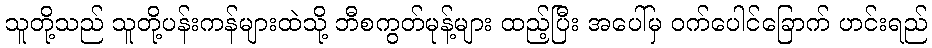
သူတို့သည် သူတို့ပန်းကန်များထဲသို့ ဘီစကွတ်မုန့်များ ထည့်ပြီး အပေါ်မှ ဝက်ပေါင်ခြောက် ဟင်းရည်